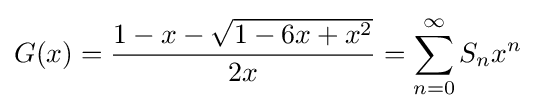
G(x)={\frac {1-x-{\sqrt {1-6x+x^{2}}}}{2x}}=\sum _{n=0}^{\infty }S_{n}x^{n}